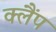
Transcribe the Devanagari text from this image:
क्‍लैंप